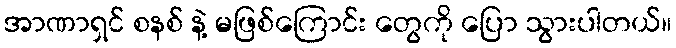
အာဏာရှင် စနစ် နဲ့ မဖြစ်ကြောင်း တွေကို ပြော သွားပါတယ်။